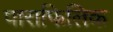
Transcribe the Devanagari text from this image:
पाराफिलिक